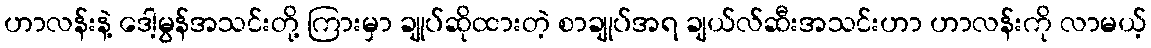
ဟာလန်းနဲ့ ဒေါ့မွန်အသင်းတို့ ကြားမှာ ချုပ်ဆိုထားတဲ့ စာချုပ်အရ ချယ်လ်ဆီးအသင်းဟာ ဟာလန်းကို လာမယ့်